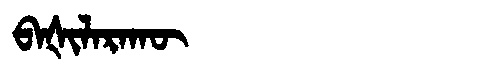
Manchu: ᠪᠠᡧᡳᠯᠠᡵᠠᡴᡡ
Romanization: BAŠILARAKŪ